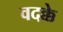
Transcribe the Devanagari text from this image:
वदक्के